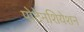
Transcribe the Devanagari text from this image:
पोटेनशियेशन